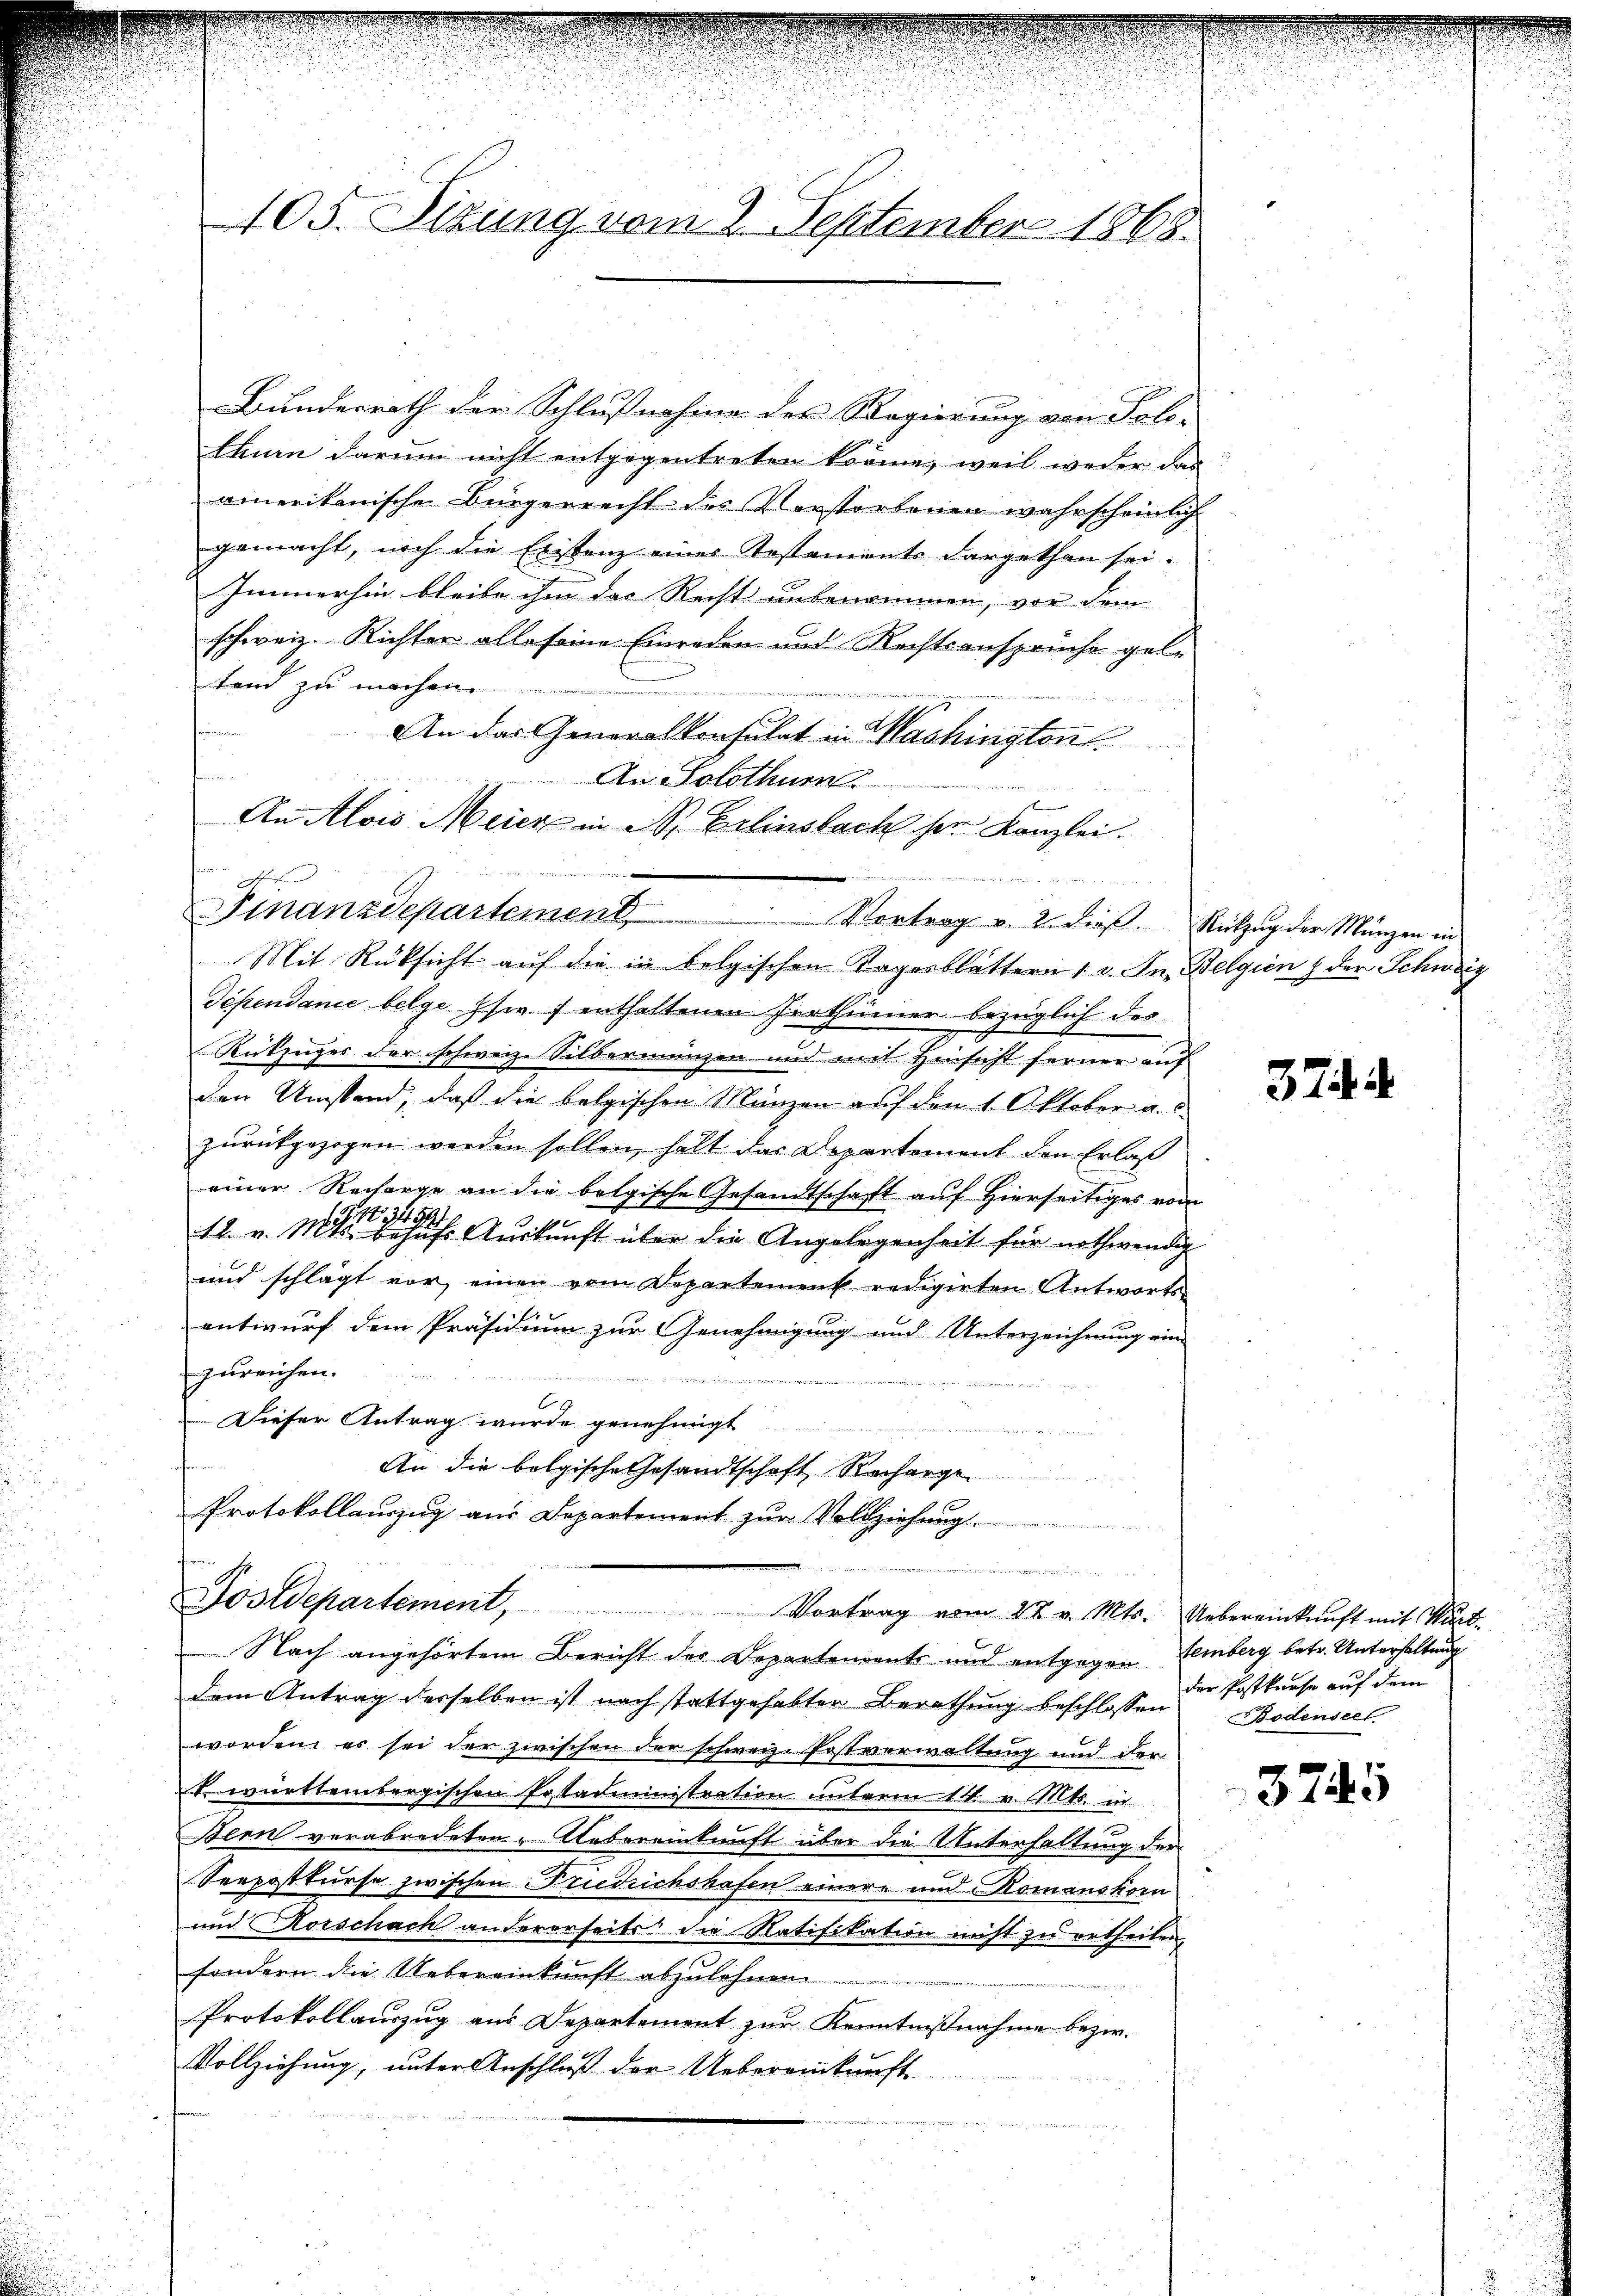
Bundesrath der Schlußnahme der Regierung von Solo-
lbarn darum nicht entgegentreten könne, weil weder das
amerikanische Bürgerrecht des Vorstorbenen wahrscheinlich
gemacht, noch die Erstenz eines Testaments dargethan sei.
Immerhin bleibe ihm das Recht unbenommen, von dem
schweiz. Richter alle seine Einreden und Rechtsansprüche gele
tend zu machen
An das Generalkonsulat in Washington

An Solothur
An Alois Meier in Sr. Erlinsbach der Kanzlei.
e ihren
Mit Rüksicht auf die in belgischen Tagesblättern 1 v. Jn. Belgien & der Schweiz
Dependame belge sie enthaltenen Irrthümer bezüglich des
Rükzuges der schweiz. Silbermangen und mit Hinsicht ferner auf
den Umstand, daß die belgischen Münzen auf den 1. Oktober a. c.
zurückgezogen werden sollen, hält das Departement den Erlaß
einer Recharge an die belgische Gesandtschaft auf Hierseitiges vom
12. v. 11. Auskunft über die Angelegenheit für nothwendig
und schlägt vor einen vom Departement redigirten Antworts
entwurf dem Präsidium zur Genehmigung und Unterzeichnung ein-
zureichen.

Dieser Antrag wurde genehmigt
u
tan
An die belgische Gesandtschaft Recharge
Protokollaŭszŭg aŭs Departement zŭr Vollziehung.

Sostdepartement, Vortrag vom 27. v. Mts. Uebereinkunft mit Wart-
 Nach angehörtem Bericht der Departendants und entgegen Lemberg betr. Unterhaltung
dem Antrag derselben ist nach stattgehabter Berathung beschlossen
worden, es sei der zwischen der schweiz. Erstverwaltung und der
t württembergischen Erstadministration unterm 14. v. Mts. in
Bern verabredeten „Uebereinkunft über die Unterhaltung der
Seepostkurse zwischen Friedrichshofen einere und Komanskom
und Korschach andererseits die Ratifikation nicht zu ertheilen,
sondern die Uebereinkunft abzulehnen.

Protokollauszug aus Departement zur Kenntnißnahme bezw.
Vollziehung, unter Anschluß der Uebereinkunft

105. Sitzung vom 2. September 1868.

Finanzdepartement Vortrag v. 2. dieβ. Rückzŭg der Münzen in

3744

der Postkurse auf dem
Bodenseel

3745